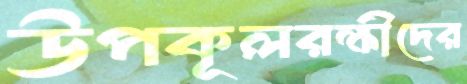
উপকূলরক্ষীদের